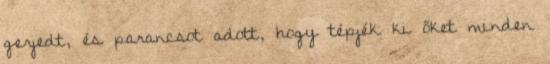
gerjedt, és parancsot adott, hogy tépjék ki őket minden